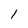
Character: 1